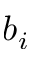
b _ { i }